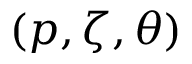
( p , \zeta , \theta )